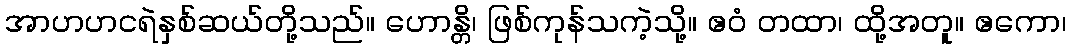
အာဟဟငရဲနှစ်ဆယ်တို့သည်။ ဟောန္တိ၊ ဖြစ်ကုန်သကဲ့သို့။ ဧဝံ တထာ၊ ထို့အတူ။ ဧကော၊